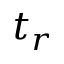
t _ { r }